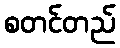
စတင်တည်